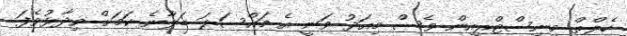
ހެލްތް މިނިސްޓްރީއިން ވެސް މިއަދު ވަނީ އެ މައްސަލަ ބަލާނެ ކަމަށް ވިދާޅުވެފަ